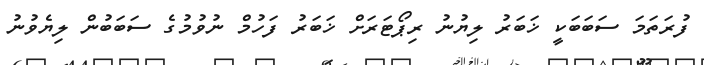
ފުރަތަމަ ސަބަބަކީ ޚަބަރު ލިޔުނު ރިޕޯޓަރަށް ޚަބަރު ފަހުމް ނުވުމުގެ ސަބަބުން ލިޔެވުނު